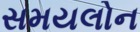
સમયલોન